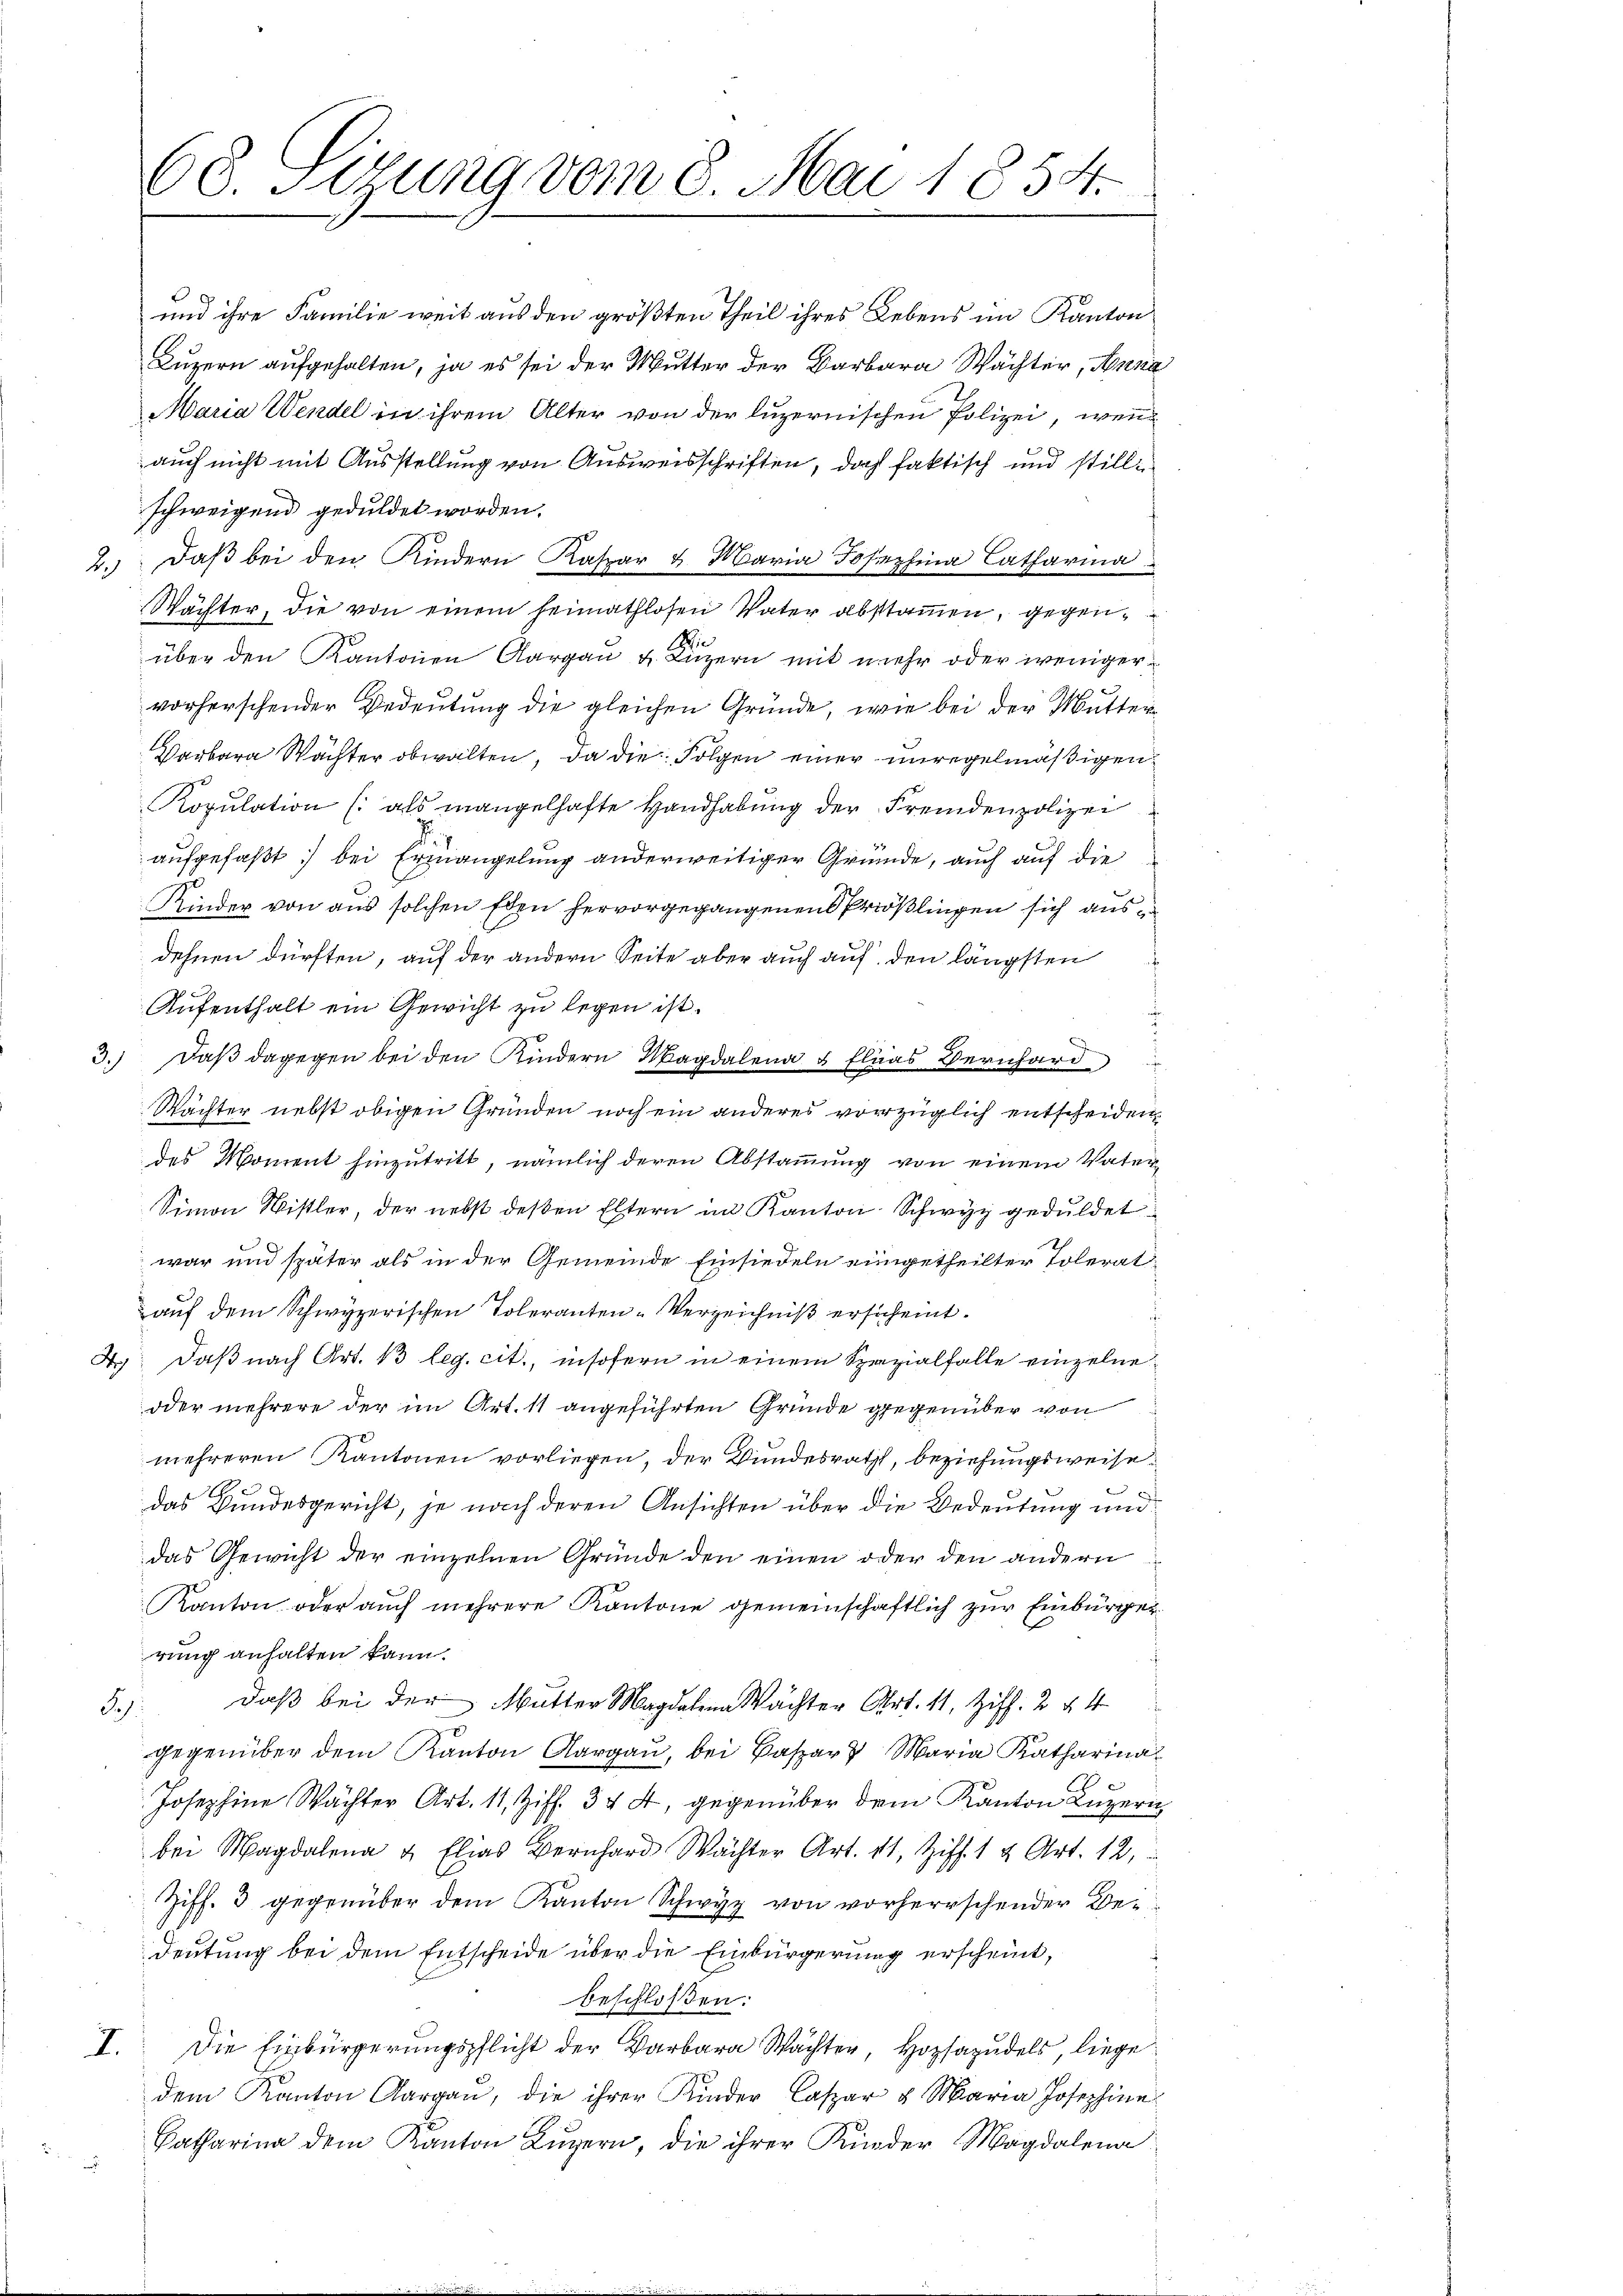
68. Sitzung vom 8. Mai 1854.

Sch
5.) Daß bei der Mutter Magdalena Wächter Art. 11, Ziff. 2 § 4

gegenüber dem Kanton Aargau, bei Baspar Maria Katharina
Josephine Wächter Art. 11, Ziff. 344, gegenüber dem Kanton Luzern,
bei Magdalena u. Elias Bernhard Wächter Art. 11, Ziff. 1 & Art. 12,
Ziff. 3 gegenüber dem Kanton Schwyz von vorherrschender Bedeutung bei dem Entscheide über die Einbürgerung erscheint,
beschloßen:
I. Die Einbürgerungspflicht der Barbara Wächter, Hopsazudels, liege
dem Kanton Aargau, die ihrer Kinder Caspar u Maria Josephine
Katharina dem Kanton Luzern, die ihrer Kinder Magdalena
.

und ihre Familie weit aus den größten Theil ihres Lebens im Kanton
Luzern aufgehalten, ja es sei der Mutter der Barbara Wächter, Anna
Maria Wendel in ihrem Alter von der luzernischen Polizei, wenn
auch nicht mit Ausstellung von Ausweisschriften, doch faktisch und stille
schweigend geduldet worden.
2. daβ bei den Kindern Kaspar u. Maria Josephina Catharina
Wächter, die von einem heimathlosen Vater abstammen, gegenüber den Kantonen Aargau u. Luzern mit mehr oder wenigervorherschender Bedeutung die gleichen Gründe, wie bei der Mutter¬
Barbara Wächter obwalten, da die Folgen einer unregelmäßigen
Kopulation (als mangelhafte Handhabung der Fremdenpolizei
aufgefaßt: bei Ermangelung anderweitiger Gründe, auch auf die
Kinder von aus solchen Eden hervorgegangenen Priößlingen sich ausdehnen dürften, auf der andern Seite aber auch auf den längsten
Aufenthalt ein Gewicht zu legen ist.
3.) Daß dagegen bei den Kindern Magdalena & Elias Bernhard
Wächter nebst obigen Gründen noch ein anderes vorzüglich entscheiden,
des Moment hinzutritt, nämlich deren Abstammung von einem Vater¬
Simon Wistler, der nebst deßen Eltern im Kanton Schwyz geduldet
war und später als in der Gemeinde Einsiedeln eingetheilter Tolerat
auf dem Schwyzerischen Toleranten-Verzeichniß ersicheint.
Daß nach Art. 13 leg. cit., insofern in einem Spezialfalle einzelne
oder mehrere der im Art. 11 angeführten Gründe gegenüber von
mehreren Kantonen vorliegen, der Bundesrath, beziehungsweise
e
das Bundesgericht, je nach deren Ansichten über die Bedeutung und
das Gewicht der einzelnen Gründe den einen oder den andern
KKanton oder auch mehrere Kantone gemeinschaftlich zur Einbürger
rung anhalten kann.